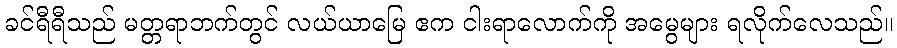
ခင်ရီရီသည် မတ္တရာဘက်တွင် လယ်ယာမြေ ဧက ငါးရာလောက်ကို အမွေများ ရလိုက်လေသည်။